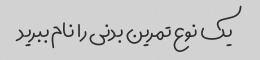
یک نوع تمرین بدنی را نام ببرید